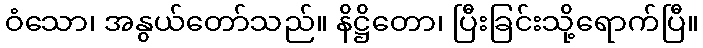
ဝံသော၊ အနွယ်တော်သည်။ နိဋ္ဌိတော၊ ပြီးခြင်းသို့ရောက်ပြီ။